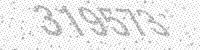
Solution: 319573